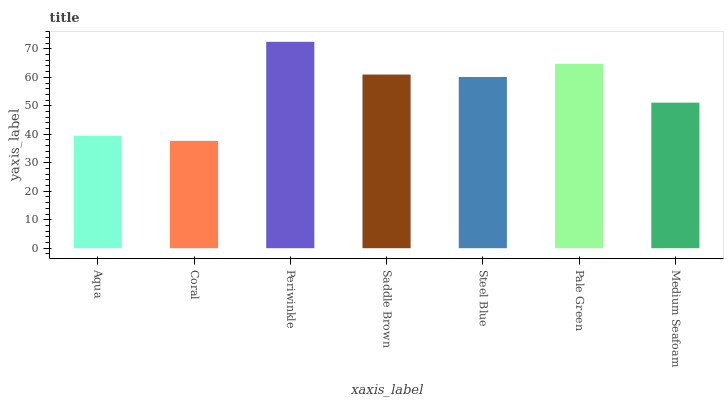
| xaxis_label | bars |
 | --- | --- |
 | Aqua | 39.5 |
 | Coral | 37.7 |
 | Periwinkle | 72.5 |
 | Saddle Brown | 61 |
 | Steel Blue | 60.1 |
 | Pale Green | 64.8 |
 | Medium Seafoam | 51.1 |